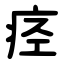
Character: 痉